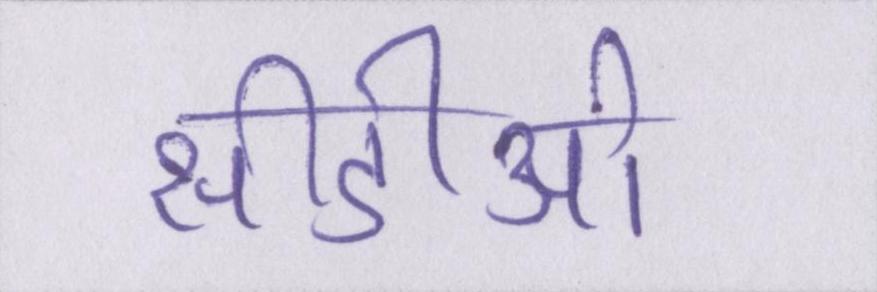
सीडीओ